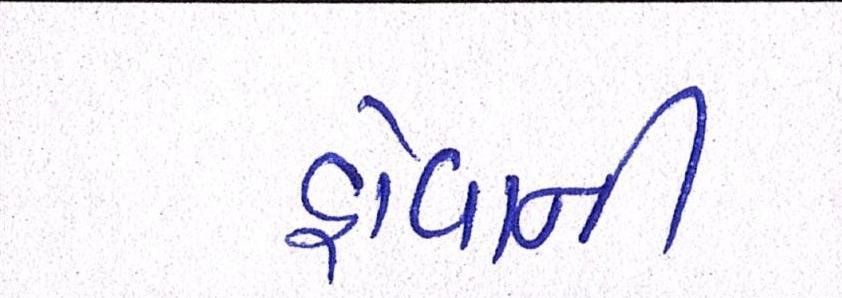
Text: હોવાની